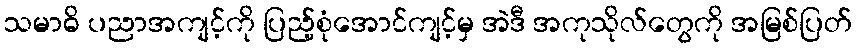
သမာဓိ ပညာအကျင့်ကို ပြည့်စုံအောင်ကျင့်မှ အဲဒီ အကုသိုလ်တွေကို အမြစ်ပြတ်